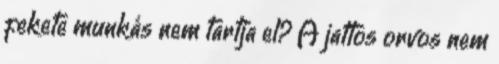
fekete munkás nem tartja el? A jattos orvos nem